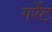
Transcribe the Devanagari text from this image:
गर्रेट